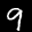
Label: 9